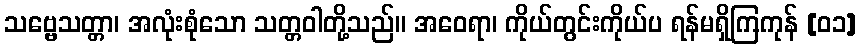
သဗ္ဗေသတ္တာ၊ အလုံးစုံသော သတ္တဝါတို့သည်။ အဝေရာ၊ ကိုယ်တွင်းကိုယ်ပ ရန်မရှိကြကုန် [၀၁]